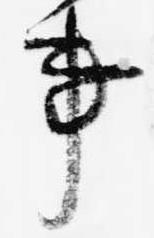
事